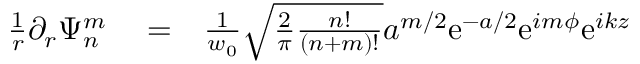
\begin{array} { r l r } { \frac { 1 } { r } \partial _ { r } \Psi _ { n } ^ { m } } & { { } = } & { \frac { 1 } { w _ { 0 } } \sqrt { \frac { 2 } { \pi } \frac { n ! } { ( n + m ) ! } } a ^ { m / 2 } \mathrm { e } ^ { - a / 2 } \mathrm { e } ^ { i m \phi } \mathrm { e } ^ { i k z } } \end{array}